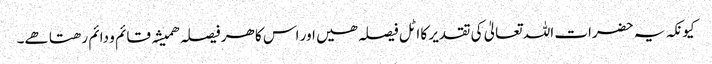
کیونکہ یہ حضرات اللہ تعالیٰ کی تقدیر کا اٹل فیصلہ ھیں اور اس کا ھر فیصلہ ھمیشہ قائم و دائم رھتا ھے۔